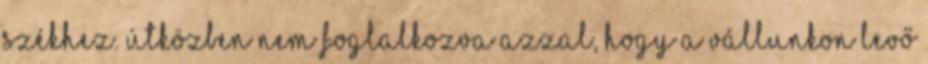
székhez. Útközben nem foglalkozva azzal, hogy a vállunkon levő